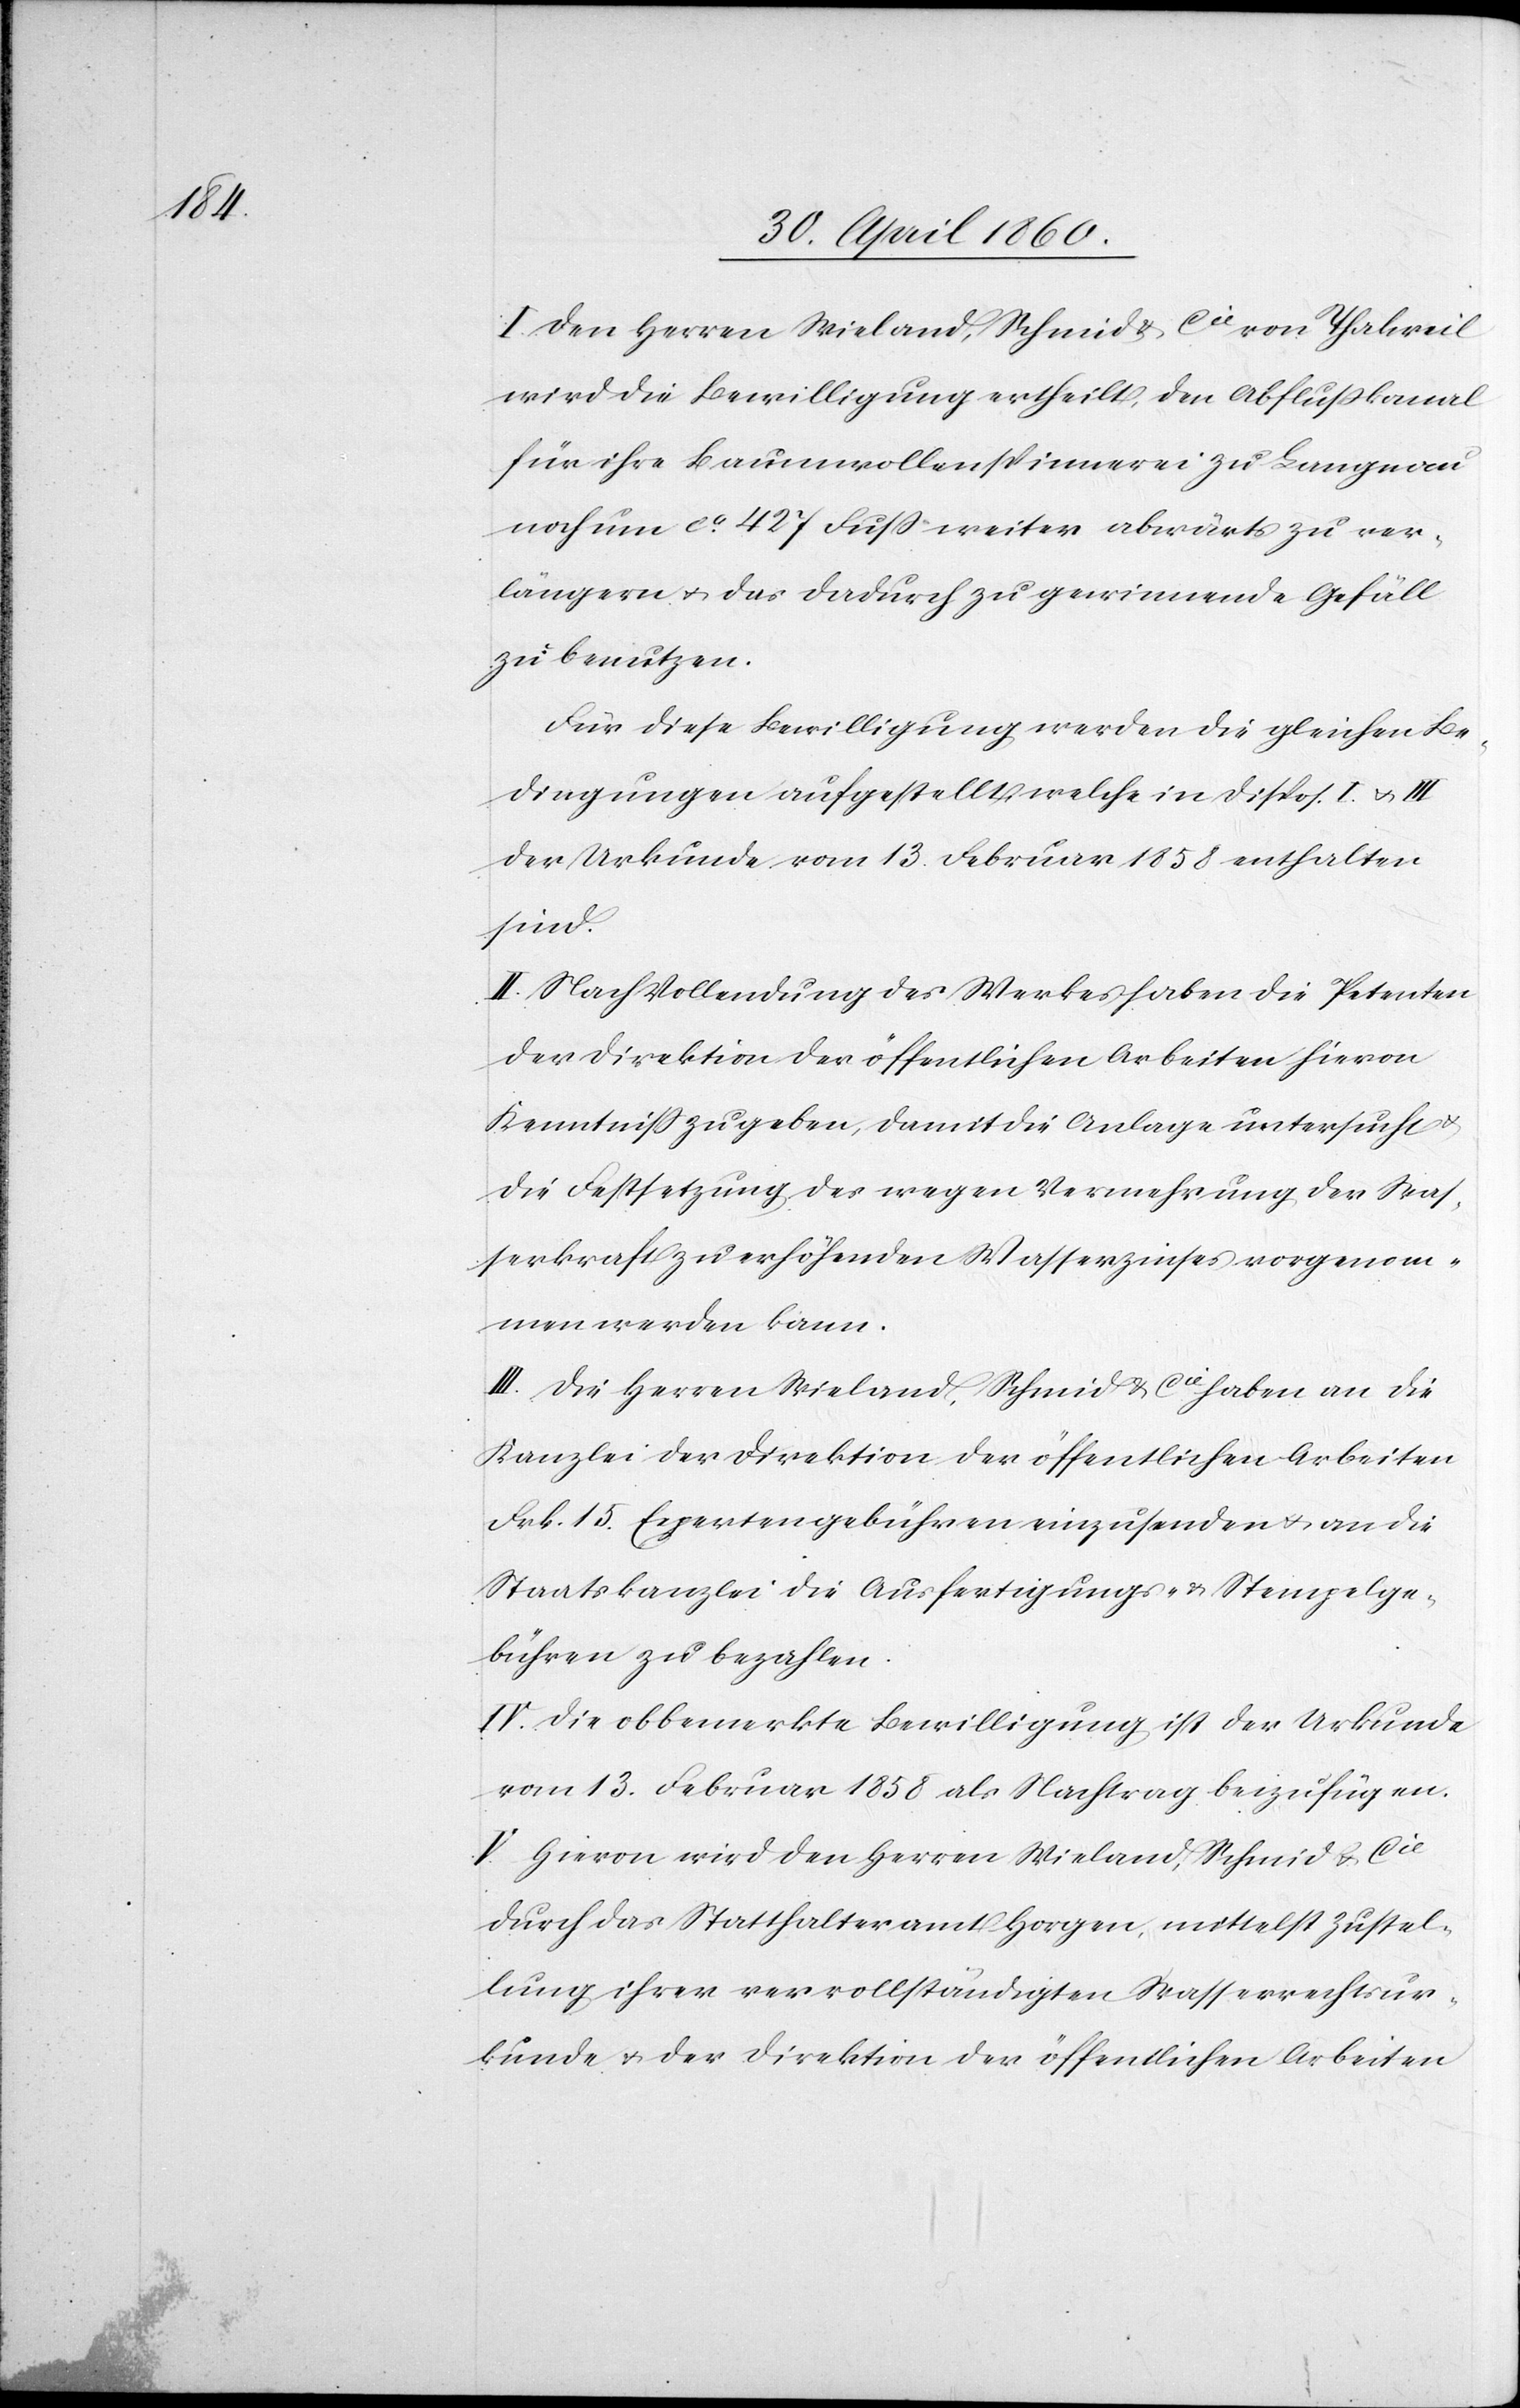
I. Den Herren Wieland, Schmid u. Cie von Thalweil
wird die Bewilligung ertheilt, den Abflusskanal
für ihre Baumwollenspinnerei zu Langnau
noch um ca 427 Fuss weiter abwärts zu ver¬
längern u. das dadurch zu gewinnende Gefäll
zu benutzen.
Für diese Bewilligung werden die gleichen Be¬
dingungen aufgestellt, welche in Dispos. I. u. III
der Urkunde vom 13. Februar 1858 enthalten
sind.
II. Nach Vollendung des Werkes haben die Petenten
der Direktion der öffentlichen Arbeiten hievon
Kenntniss zu geben, damit die Anlage untersucht u.
die Festsetzung des wegen Vermehrung der Was¬
serkraft zu erhöhenden Wasserzinses vorgenom¬
men werden kann.
III. Die Herren Wieland, Schmid u. Cie haben an die
Kanzlei der Direktion der öffentlichen Arbeiten
Frk. 15. Expertengebühren einzusenden u. an die
Staatskanzlei die Ausfertigungs- u. Stempelge¬
bühren zu bezahlen.
IV. Die obbemerkte Bewilligung ist der Urkunde
vom 13. Februar 1858 als Nachtrag beizufügen.
V. Hievon wird den Herren Wieland, Schmid u. Cie
durch das Statthalteramt Horgen, mittelst Zustel¬
lung ihrer vervollständigten Wasserrechtsur¬
kunde u. der Direktion der öffentlichen Arbeiten